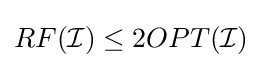
RF({\mathcal {I}})\leq 2OPT({\mathcal {I}})